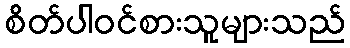
စိတ်ပါဝင်စားသူများသည်